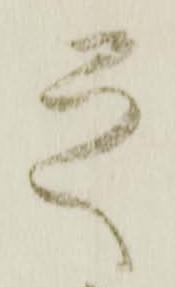
之